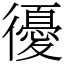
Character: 𢖒